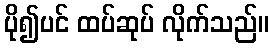
ပို၍ပင် ထပ်ဆုပ် လိုက်သည်။